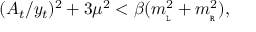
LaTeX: ( A _ { t } / y _ { t } ) ^ { 2 } + 3 \mu ^ { 2 } < \beta ( m _ { \tt _ { L } } ^ { 2 } + m _ { \tt _ { R } } ^ { 2 } ) ,